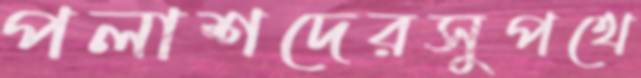
পলাশদেরসুপথে